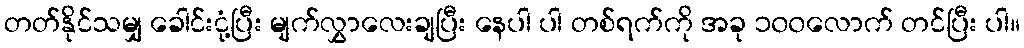
တတ်နိုင်သမျှ ခေါင်းငုံ့ပြီး မျက်လွှာလေးချပြီး နေပါ ပါ တစ်ရက်ကို အခု ၁၀၀လောက် တင်ပြီး ပါ။